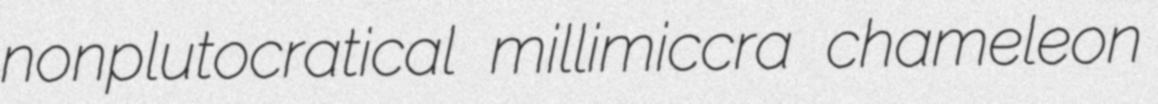
nonplutocratical millimiccra chameleon